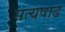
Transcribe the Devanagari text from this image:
सत्यषाढ